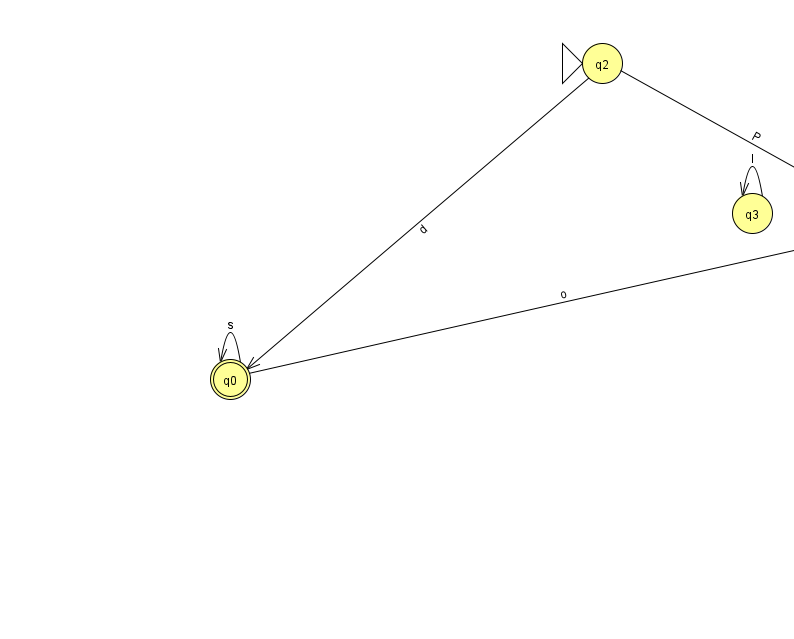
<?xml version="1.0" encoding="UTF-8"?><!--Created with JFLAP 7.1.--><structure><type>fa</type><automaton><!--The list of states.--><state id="0" name="q0"><x>230.0</x><y>366.0</y><final/></state><state id="1" name="q1"><x>902.0</x><y>216.0</y></state><state id="2" name="q2"><x>602.0</x><y>50.0</y><initial/></state><state id="3" name="q3"><x>752.0</x><y>200.0</y></state><!--The list of transitions.--><transition><from>0</from><to>0</to><read>s</read></transition><transition><from>3</from><to>3</to><read>I</read></transition><transition><from>0</from><to>1</to><read>o</read></transition><transition><from>2</from><to>0</to><read>d</read></transition><transition><from>2</from><to>1</to><read>P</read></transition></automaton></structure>